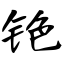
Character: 铯